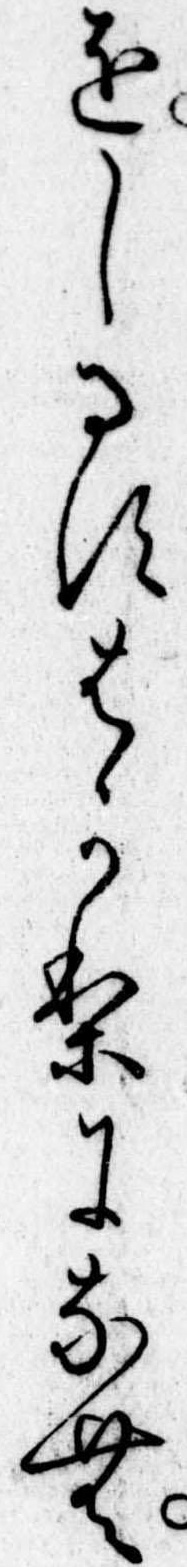
をしるすはかりになむ